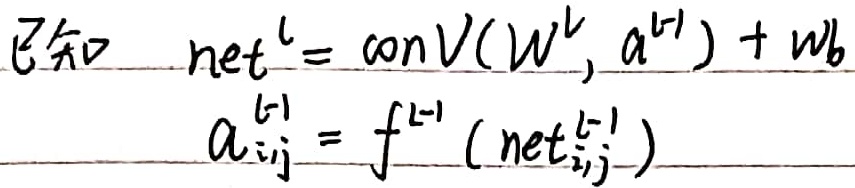
已知
\[
\begin{align*}
\text{net}^{l}&=\text{conv}(W^{l}, a^{l - 1})+wb\\
a_{i,j}^{l - 1}&=f^{l - 1}(\text{net}_{i,j}^{l - 1})
\end{align*}
\]